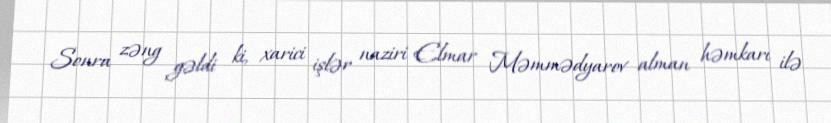
Sonra zəng gəldi ki, xarici işlər naziri Elmar Məmmədyarov alman həmkarı ilə